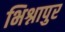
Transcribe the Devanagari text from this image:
भिश्नापुर